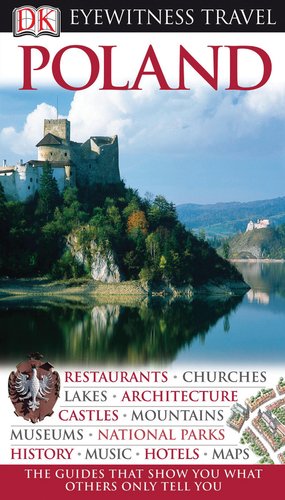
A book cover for Poland (Eyewitness Travel Guides); Craig Turp; Travel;